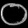
Digit: ၀